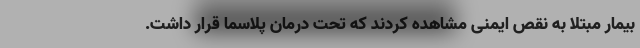
بیمار مبتلا به نقص ایمنی مشاهده کردند که تحت درمان پلاسما قرار داشت.